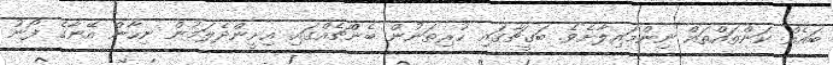
ބައެއް ކަންތައްތައް ނިންމައިލާށެވެ. ބަގީޗާގައި ހުރިތަނުން ބެންްޗެއްގައި އިށީންދެލަމުން ނިހާން އޭނާގެ ފޯނު